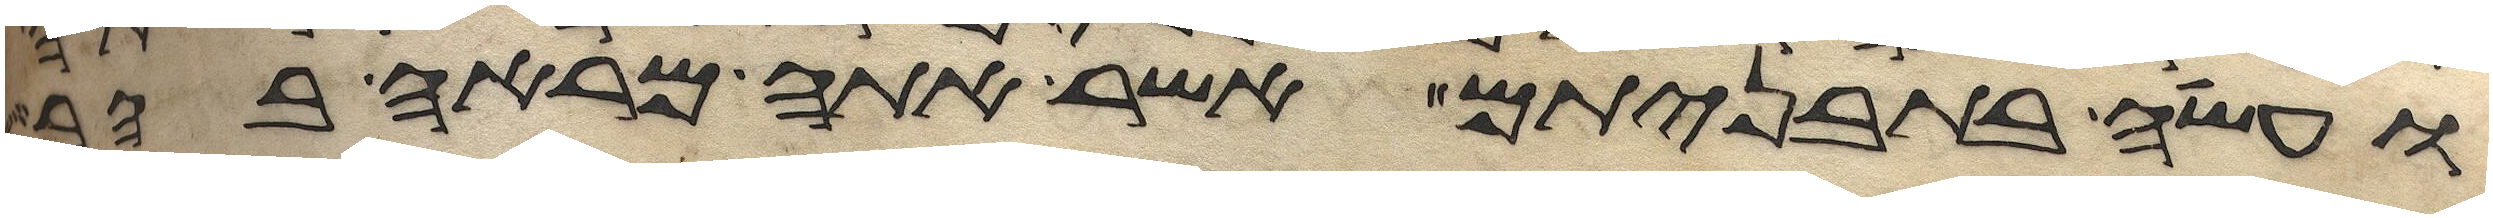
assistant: ועשה בתבניתם אשר אתה מראה בהר